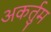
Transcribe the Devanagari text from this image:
अकर्तुम